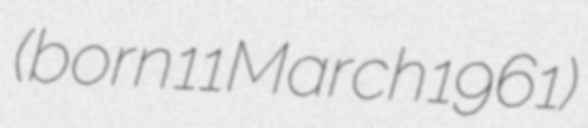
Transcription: (born 11 March 1961)